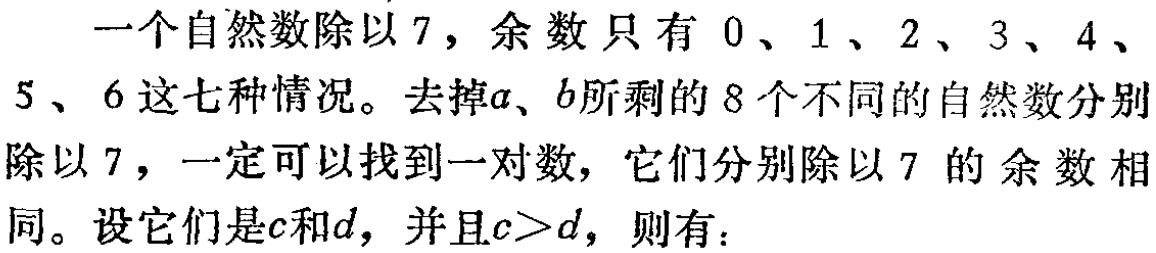
一个自然数除以 7，余数只有 0、1、2、3、4、5、6 这七种情况。去掉\(a\)、\(b\)所剩的 8 个不同的自然数分别除以 7，一定可以找到一对数，它们分别除以 7 的余数相同。设它们是\(c\)和\(d\)，并且\(c > d\)，则有：